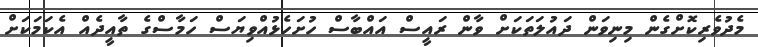
މެދުވެރިކޮށްގެން މިނިވަން ދައުލަތަކަށް ވާން ރައީސް އައްބާސް ހުށަހެޅުއްވިޔަސް ހަމާސްގެ ތާއީދެއް އެކަމަކަށް